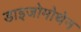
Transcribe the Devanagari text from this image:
डाइजोमोथेन